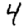
Digit: 4